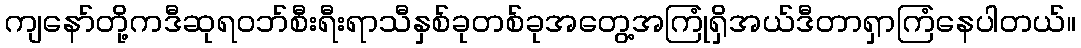
ကျနော်တို့ကဒီဆုရဝဘ်စီးရီးရာသီနှစ်ခုတစ်ခုအတွေ့အကြုံရှိအယ်ဒီတာရှာကြံနေပါတယ်။